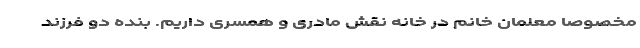
مخصوصا معلمان خانم در خانه نقش مادری و همسری داریم. بنده دو فرزند